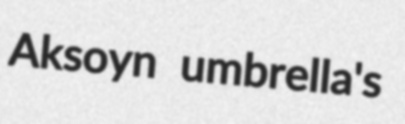
Aksoyn umbrella's